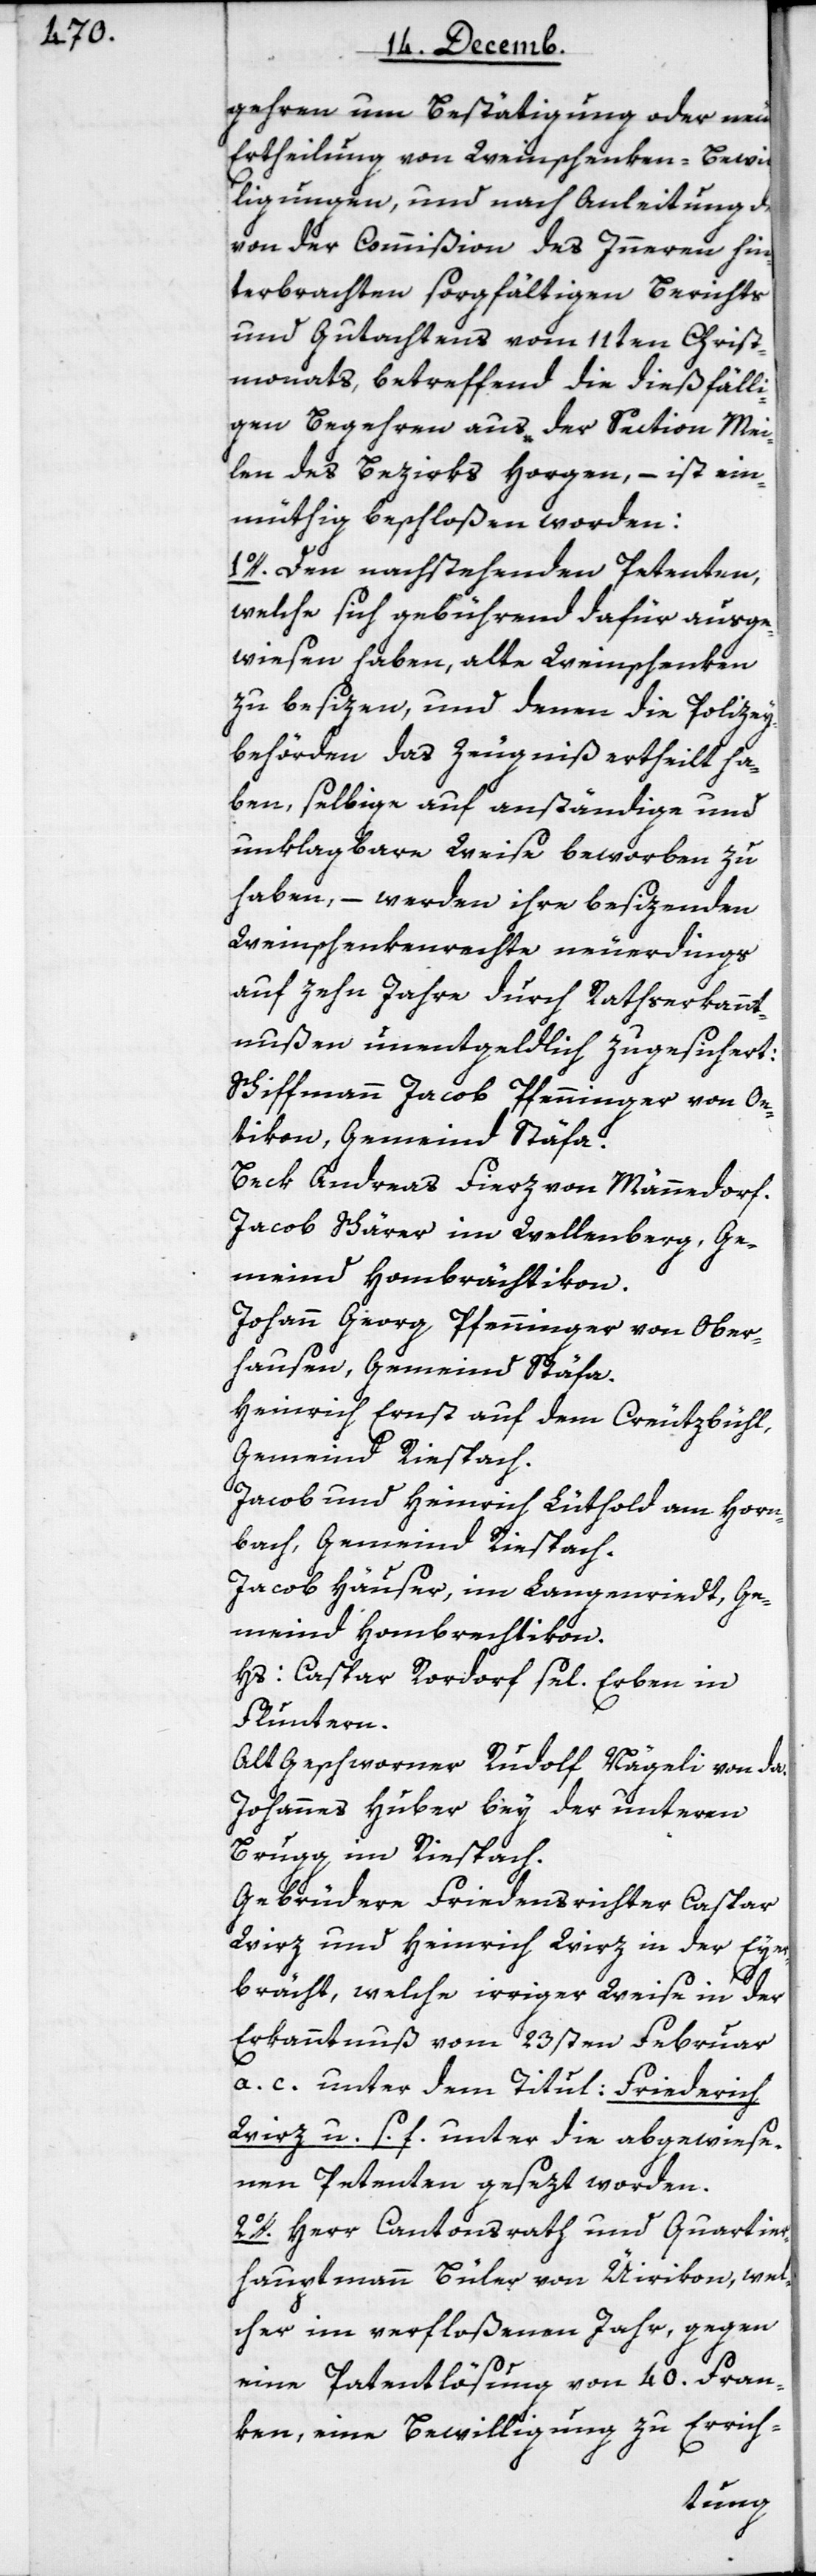
gehren um Bestätigung oder neue
Ertheilung von Weinschenken-Bewil¬
ligungen, und nach Anleitung des
von der Commißion des Innern hin¬
terbrachten sorgfältigen Berichts
und Gutachtens vom 11ten Christ¬
monats, betreffend die dießfälli¬
gen Begehren aus der Section Mei¬
len des Bezirks Horgen, – ist ein¬
müthig beschloßen worden:
1o. Den nachstehenden Petenten,
welche sich gebührend dafür ausge¬
wiesen haben, alte Weinschenken
zu besizen, und denen die Polizey¬
behörden das Zeugniß ertheilt ha¬
ben, selbige auf anständige und
unklagbare Weise beworben zu
haben, – werden ihre besizenden
Weinschenkenrechte neuerdings
auf zehn Jahre durch Rathserkannt¬
nußen unentgeldlich zugesichert:
Schiffmann Jacob Pfenninger von Oe¬
tikon, Gemeind Stäfa.
Beck Andreas Fierz von Männedorf.
Jacob Schärer im Wellenberg, Ge¬
meind Hombrächtikon.
Johann Georg Pfenninger von Ober¬
hausen, Gemeind Stäfa.
Heinrich Ernst auf dem Creutzbühl,
Gemeind Riespach.
Jacob und Heinrich Lüthold am Horn¬
bach, Gemeind Riespach.
Jacob Häuser, im Langenriedt, Ge¬
meind Hombrechtikon.
Hs. Caspar Rordorf sel. Erben in
Fluntern.
Alt Geschworner Rudolf Nägeli von da.
Johannes Huber bey der unteren
Brugg im Riespach.
Gebrüdere Friedensrichter Caspar
Wirz und Heinrich Wirz in der Eyer¬
brächt, welche irriger Weise in der
Erkanntnuß vom 23sten Februar
a. c. unter dem Titul: Friederich
Wirz u. s. f. unter die abgewiese¬
nen Petenten gesezt worden.
2o. Herr Cantonsrath und Quartier¬
hauptmann Büler von Üirikon, wel¬
cher im verfloßenen Jahr, gegen
eine Patentlösung von 40. Fran¬
ken, eine Bewilligung zu Errich-